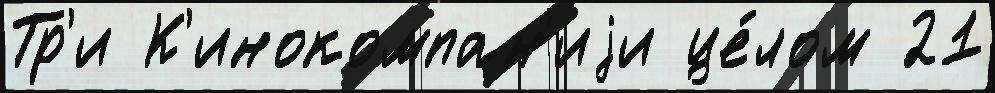
Тр'и К'инокомпан'иjи це́лом 21